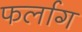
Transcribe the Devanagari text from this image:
फर्लाग